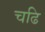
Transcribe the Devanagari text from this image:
चढि